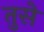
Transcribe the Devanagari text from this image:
तुसे